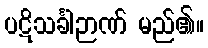
ပဋိသင်္ခါဉာဏ် မည်၏။